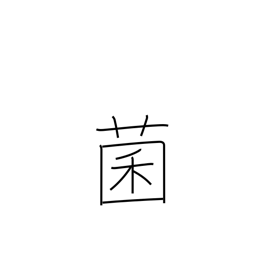
Meaning: bacteria